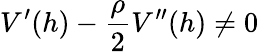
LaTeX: V^{\prime}(h)-\frac{\rho}{2}V^{\prime\prime}(h)\neq 0